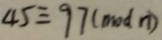
4 5 \equiv 9 7 ( m o d n )